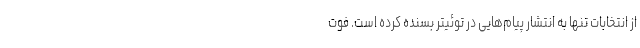
از انتخابات تنها به انتشار پیام‌هایی در توئیتر بسنده کرده است. فوت